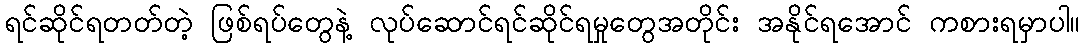
ရင်ဆိုင်ရတတ်တဲ့ ဖြစ်ရပ်တွေနဲ့ လုပ်ဆောင်ရင်ဆိုင်ရမှုတွေအတိုင်း အနိုင်ရအောင် ကစားရမှာပါ။